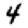
Digit: 4